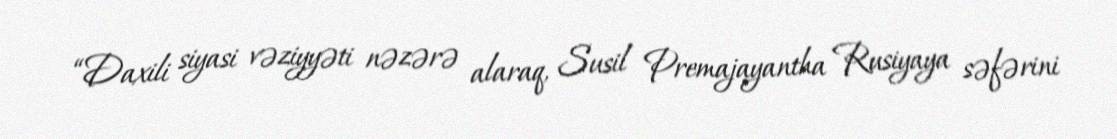
“Daxili siyasi vəziyyəti nəzərə alaraq, Susil Premajayantha Rusiyaya səfərini